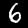
Digit: 6